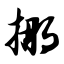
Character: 挪